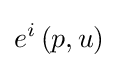
e^{i}\left(p,u\right)